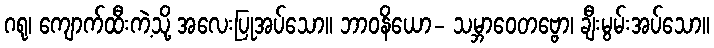
ဂရု၊ ကျောက်ထီးကဲ့သို့ အလေးပြုအပ်သော။ ဘာဝနိယော- သမ္ဘာဝေတဗ္ဗော၊ ချီးမွမ်းအပ်သော။